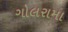
ગોલરામા